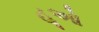
હૂઓ